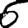
Digit: 6